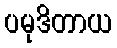
ပမုဒိတာယ